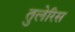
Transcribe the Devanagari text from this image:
तुलेरिस